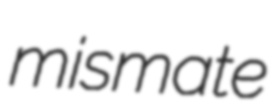
mismate